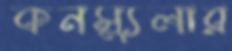
কনস্যুলার